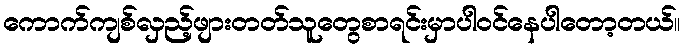
ကောက်ကျစ်လှည့်ဖျားတတ်သူတွေစာရင်းမှာပါဝင်နေပါတော့တယ်။